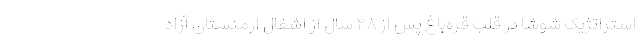
استراتژیک شوشا در قلب قره‌باغ پس از ۲۸ سال از اشغال ارمنستان آزاد